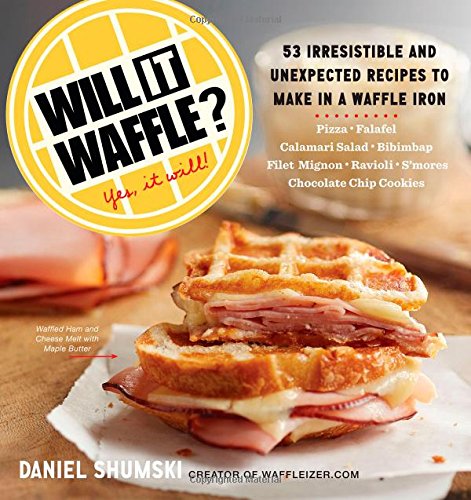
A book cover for Will It Waffle?: 53 Irresistible and Unexpected Recipes to Make in a Waffle Iron; Daniel Shumski; Cookbooks, Food & Wine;